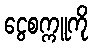
ငွေစက္ကူကို